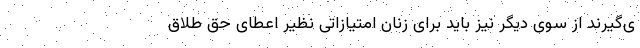
ی‌گیرند از سوی دیگر نیز باید برای زنان امتیازاتی نظیر اعطای حق طلاق